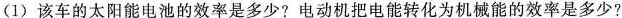
(1)该车的太阳能电池的效率是多少?电动机把电能转化为机械能的效率是多少?